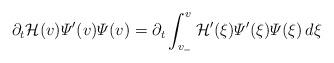
LaTeX: \begin{align*}\partial_t \mathcal{H}(v) \varPsi^\prime (v) \varPsi(v) = \partial_t \int_{v_-}^v \mathcal{H}^\prime(\xi) \varPsi^\prime (\xi) \varPsi(\xi) \, d\xi \end{align*}